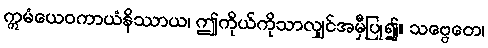
ဣမံယေဝကာယံနိဿာယ၊ ဤကိုယ်ကိုသာလျှင်အမှီပြု၍။ သဗ္ဗေတေ၊